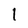
Character: l